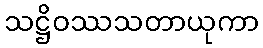
သဋ္ဌိဝဿသတာယုကာ